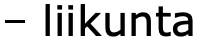
– liikunta